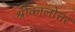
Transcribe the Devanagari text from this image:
श्रीकालोत्तर